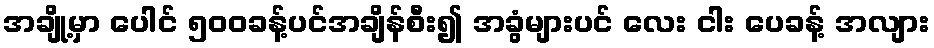
အချို့မှာ ပေါင် ၅၀၀ခန့်ပင်အချိန်စီး၍ အခွံများပင် လေး ငါး ပေခန့် အလျား